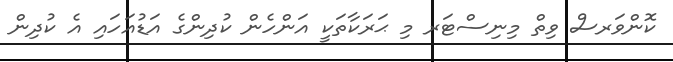
ކޮންވަރސް ވިތް މިނިސްޓަރ މި ޙަރަކާތަކީ އަންހެން ކުދިންގެ އަޑުއަހައި އެ ކުދިން